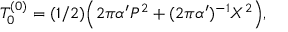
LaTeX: T _ { 0 } ^ { ( 0 ) } = ( 1 / 2 ) \Bigl ( 2 \pi \alpha ^ { \prime } P ^ { 2 } + ( 2 \pi \alpha ^ { \prime } ) ^ { - 1 } X ^ { 2 } \Bigr ) ,